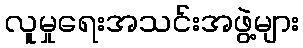
လူမှုရေးအသင်းအဖွဲ့များ